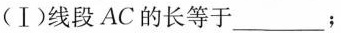
(Ⅰ)线段AC的长等于___；